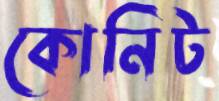
কোনিট